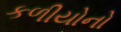
કળીયોનો